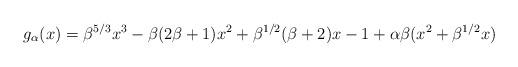
LaTeX: \begin{align*}g_{\alpha}(x)=\beta^{5/3}x^{3}-\beta(2\beta +1)x^{2}+\beta^{1/2}(\beta +2)x-1+\alpha \beta (x^{2}+\beta^{1/2}x)\end{align*}